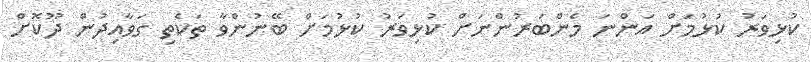
ކުޅިވަރު ކުޅުމަށް އަންނަ މެންބަރުންނަށް ކުޅިވަރު ކުޅުމަށް ބޭނުންވާ ތަކެތި ގަވާއިދުން ދޫކޮށް